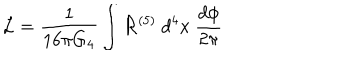
LaTeX: { \cal L } = { \frac { 1 } { 1 6 \pi G _ { 4 } } } \int { \cal R } ^ { ( 5 ) } ~ { d ^ { 4 } x } ~ { \frac { d \phi } { 2 \pi } }